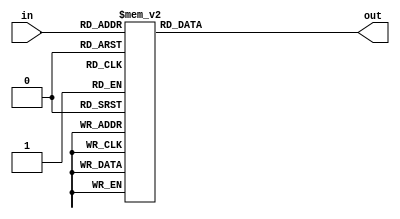
`timescale 1ns / 1ps

module hex_to_7_decoder(
	input [3:0] in,
	output reg [6:0] out
    );
	 always@ (in) begin
		case (in)
			4'd0: out = 7'b1111110;
			4'd1: out = 7'b0110000;
			4'd2: out = 7'b1101101;
			4'd3: out = 7'b1111001;
			4'd4: out = 7'b0110011;
			4'd5: out = 7'b1011011;
			4'd6: out = 7'b1011111;
			4'd7: out = 7'b1110010;
			4'd8: out = 7'b1111111;
			4'd9: out = 7'b1111011;
			4'd10:out = 7'b1110111;
			4'd11:out = 7'b0011111;
			4'd12:out = 7'b1001110;
			4'd13:out = 7'b0111101;
			4'd14:out = 7'b1001111;
			4'd15:out = 7'b1000111;
		endcase
	 end


endmodule